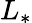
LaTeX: L_{*}